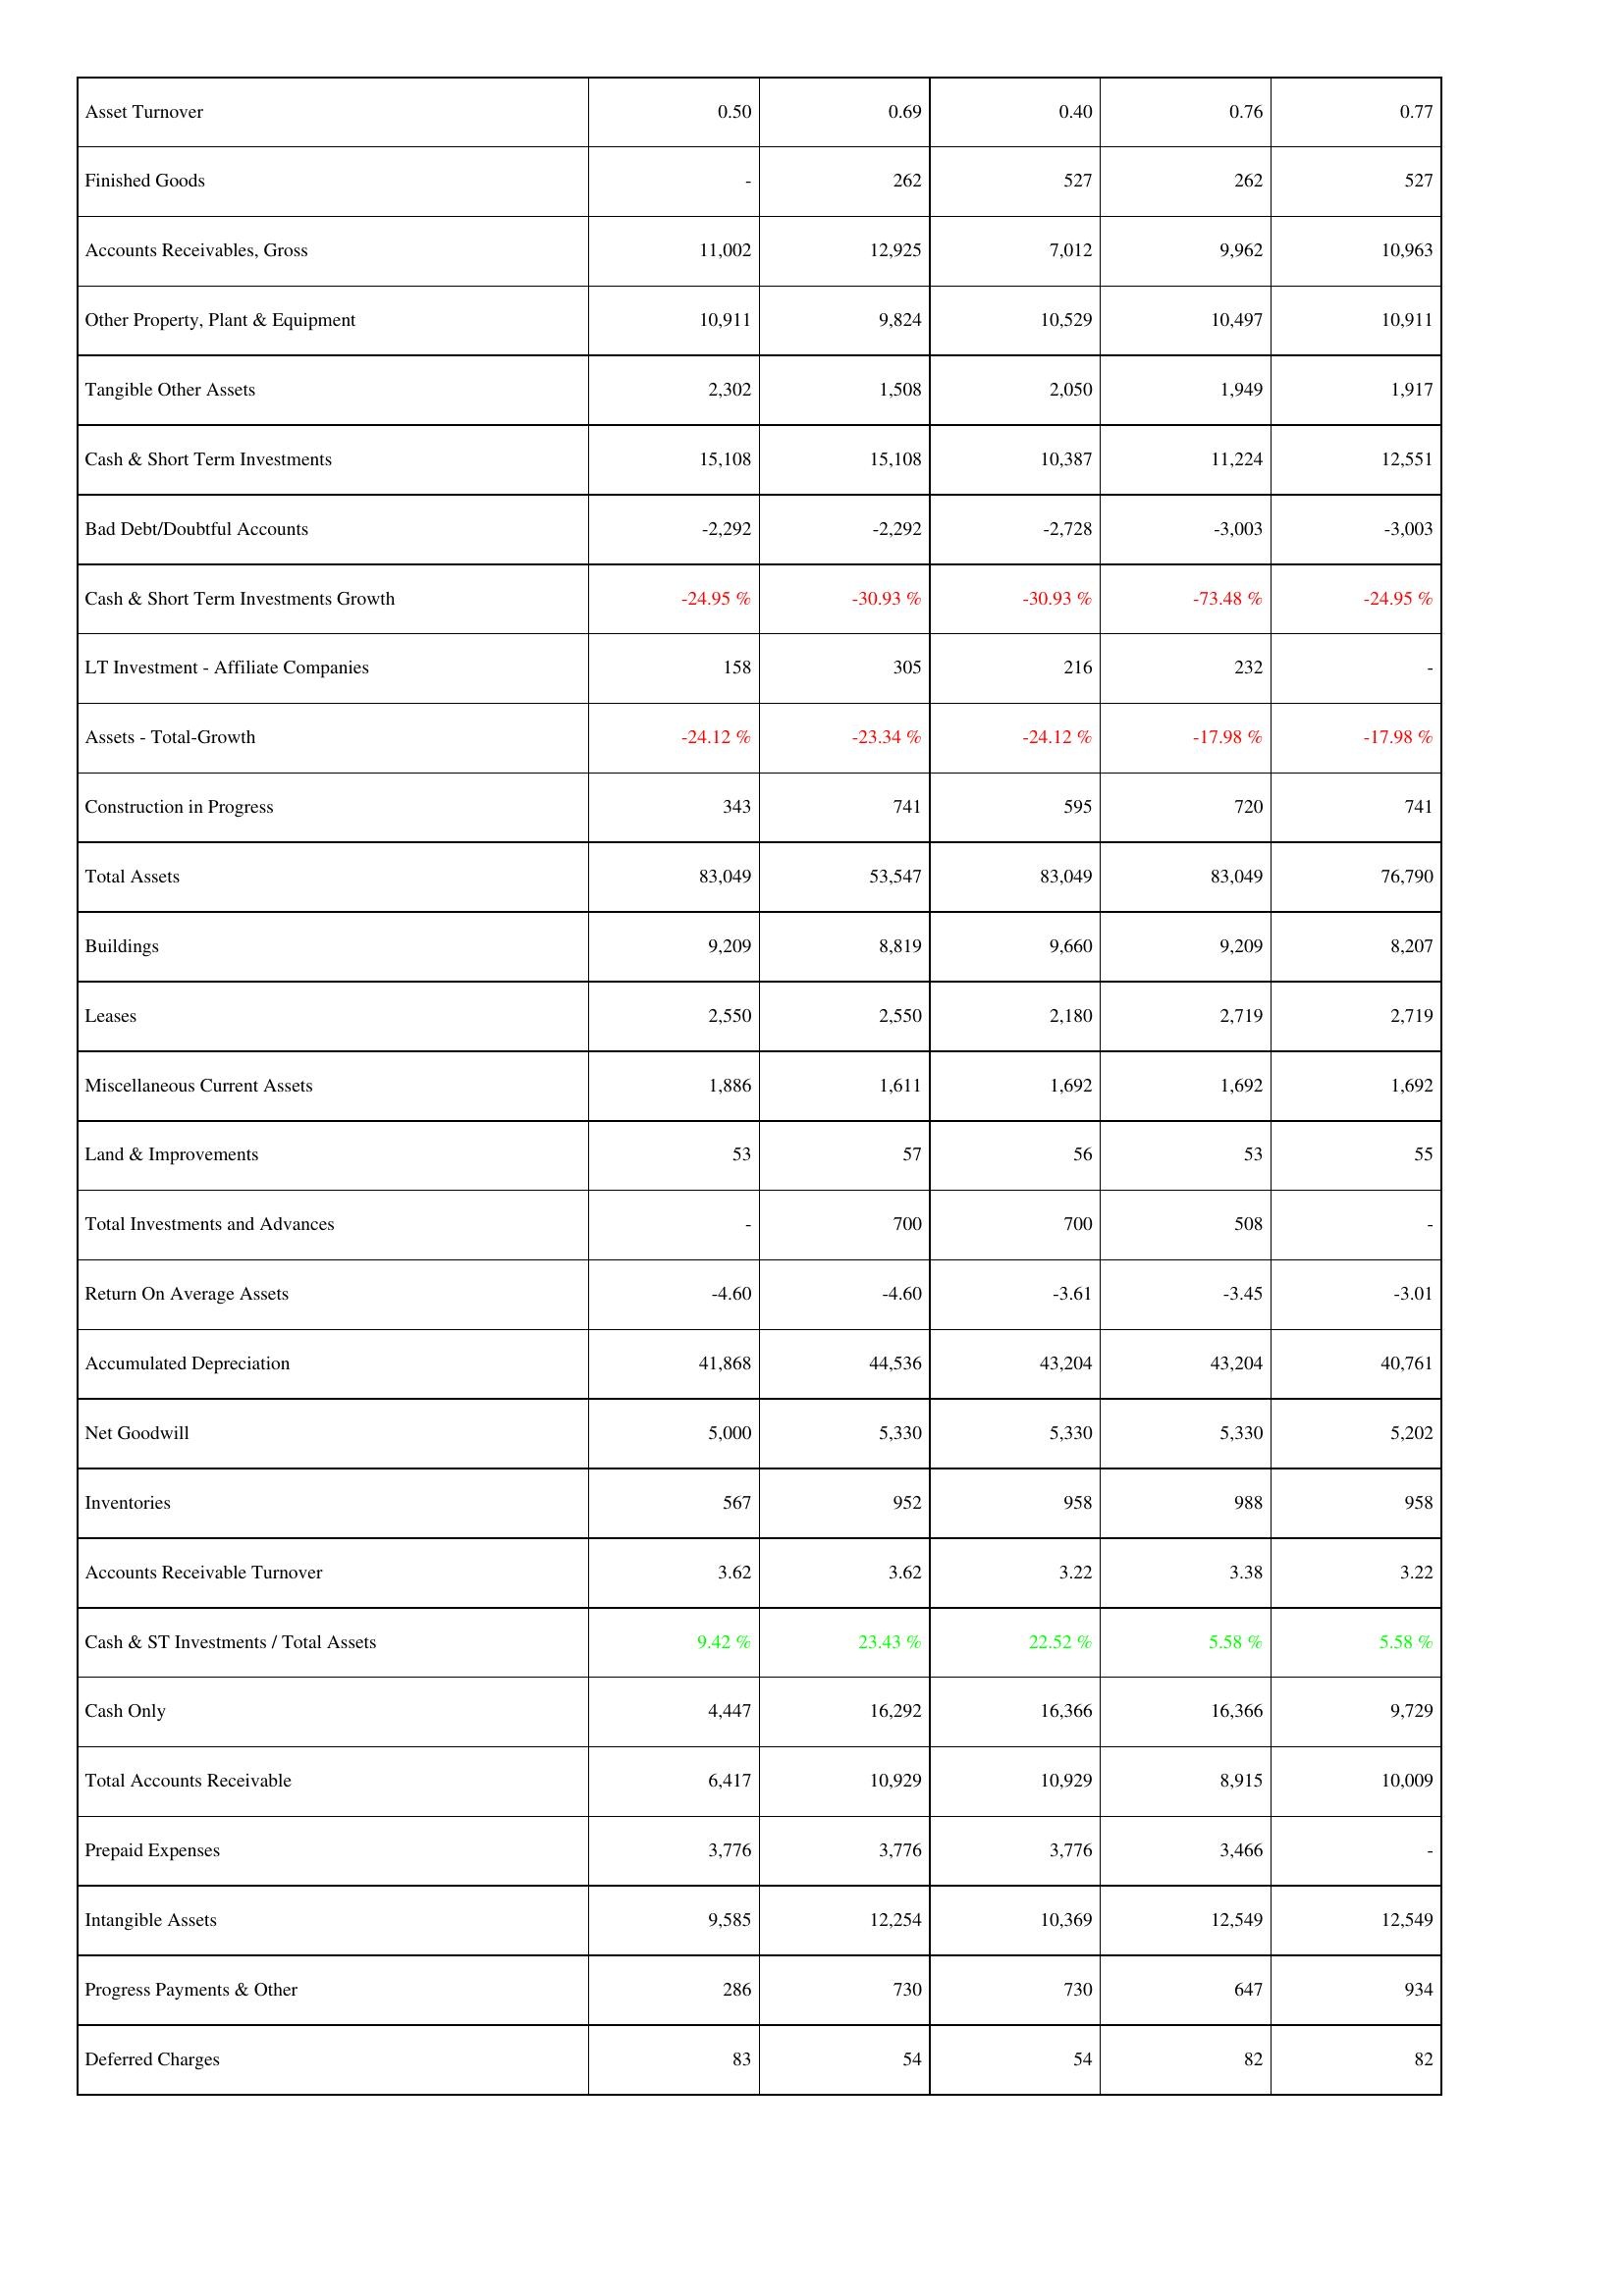
2011: Assets: Asset Turnover: 0.50
Finished Goods: -
Accounts Receivables, Gross: 11,002
Other Property, Plant & Equipment: 10,911
Tangible Other Assets: 2,302
Cash & Short Term Investments: 15,108
Bad Debt/Doubtful Accounts: -2,292
Cash & Short Term Investments Growth: -24.95 %
LT Investment - Affiliate Companies: 158
Assets - Total-Growth: -24.12 %
Construction in Progress: 343
Total Assets: 83,049
Buildings: 9,209
Leases: 2,550
Miscellaneous Current Assets: 1,886
Land & Improvements: 53
Total Investments and Advances: -
Return On Average Assets: -4.60
Accumulated Depreciation: 41,868
Net Goodwill: 5,000
Inventories: 567
Accounts Receivable Turnover: 3.62
Cash & ST Investments / Total Assets: 9.42 %
Cash Only: 4,447
Total Accounts Receivable: 6,417
Prepaid Expenses: 3,776
Intangible Assets: 9,585
Progress Payments & Other: 286
Deferred Charges: 83
2012: Assets: Asset Turnover: 0.69
Finished Goods: 262
Accounts Receivables, Gross: 12,925
Other Property, Plant & Equipment: 9,824
Tangible Other Assets: 1,508
Cash & Short Term Investments: 15,108
Bad Debt/Doubtful Accounts: -2,292
Cash & Short Term Investments Growth: -30.93 %
LT Investment - Affiliate Companies: 305
Assets - Total-Growth: -23.34 %
Construction in Progress: 741
Total Assets: 53,547
Buildings: 8,819
Leases: 2,550
Miscellaneous Current Assets: 1,611
Land & Improvements: 57
Total Investments and Advances: 700
Return On Average Assets: -4.60
Accumulated Depreciation: 44,536
Net Goodwill: 5,330
Inventories: 952
Accounts Receivable Turnover: 3.62
Cash & ST Investments / Total Assets: 23.43 %
Cash Only: 16,292
Total Accounts Receivable: 10,929
Prepaid Expenses: 3,776
Intangible Assets: 12,254
Progress Payments & Other: 730
Deferred Charges: 54
2013: Assets: Asset Turnover: 0.40
Finished Goods: 527
Accounts Receivables, Gross: 7,012
Other Property, Plant & Equipment: 10,529
Tangible Other Assets: 2,050
Cash & Short Term Investments: 10,387
Bad Debt/Doubtful Accounts: -2,728
Cash & Short Term Investments Growth: -30.93 %
LT Investment - Affiliate Companies: 216
Assets - Total-Growth: -24.12 %
Construction in Progress: 595
Total Assets: 83,049
Buildings: 9,660
Leases: 2,180
Miscellaneous Current Assets: 1,692
Land & Improvements: 56
Total Investments and Advances: 700
Return On Average Assets: -3.61
Accumulated Depreciation: 43,204
Net Goodwill: 5,330
Inventories: 958
Accounts Receivable Turnover: 3.22
Cash & ST Investments / Total Assets: 22.52 %
Cash Only: 16,366
Total Accounts Receivable: 10,929
Prepaid Expenses: 3,776
Intangible Assets: 10,369
Progress Payments & Other: 730
Deferred Charges: 54
2014: Assets: Asset Turnover: 0.76
Finished Goods: 262
Accounts Receivables, Gross: 9,962
Other Property, Plant & Equipment: 10,497
Tangible Other Assets: 1,949
Cash & Short Term Investments: 11,224
Bad Debt/Doubtful Accounts: -3,003
Cash & Short Term Investments Growth: -73.48 %
LT Investment - Affiliate Companies: 232
Assets - Total-Growth: -17.98 %
Construction in Progress: 720
Total Assets: 83,049
Buildings: 9,209
Leases: 2,719
Miscellaneous Current Assets: 1,692
Land & Improvements: 53
Total Investments and Advances: 508
Return On Average Assets: -3.45
Accumulated Depreciation: 43,204
Net Goodwill: 5,330
Inventories: 988
Accounts Receivable Turnover: 3.38
Cash & ST Investments / Total Assets: 5.58 %
Cash Only: 16,366
Total Accounts Receivable: 8,915
Prepaid Expenses: 3,466
Intangible Assets: 12,549
Progress Payments & Other: 647
Deferred Charges: 82
2015: Assets: Asset Turnover: 0.77
Finished Goods: 527
Accounts Receivables, Gross: 10,963
Other Property, Plant & Equipment: 10,911
Tangible Other Assets: 1,917
Cash & Short Term Investments: 12,551
Bad Debt/Doubtful Accounts: -3,003
Cash & Short Term Investments Growth: -24.95 %
LT Investment - Affiliate Companies: -
Assets - Total-Growth: -17.98 %
Construction in Progress: 741
Total Assets: 76,790
Buildings: 8,207
Leases: 2,719
Miscellaneous Current Assets: 1,692
Land & Improvements: 55
Total Investments and Advances: -
Return On Average Assets: -3.01
Accumulated Depreciation: 40,761
Net Goodwill: 5,202
Inventories: 958
Accounts Receivable Turnover: 3.22
Cash & ST Investments / Total Assets: 5.58 %
Cash Only: 9,729
Total Accounts Receivable: 10,009
Prepaid Expenses: -
Intangible Assets: 12,549
Progress Payments & Other: 934
Deferred Charges: 82